Annual report of the Imperial Bacteriologist
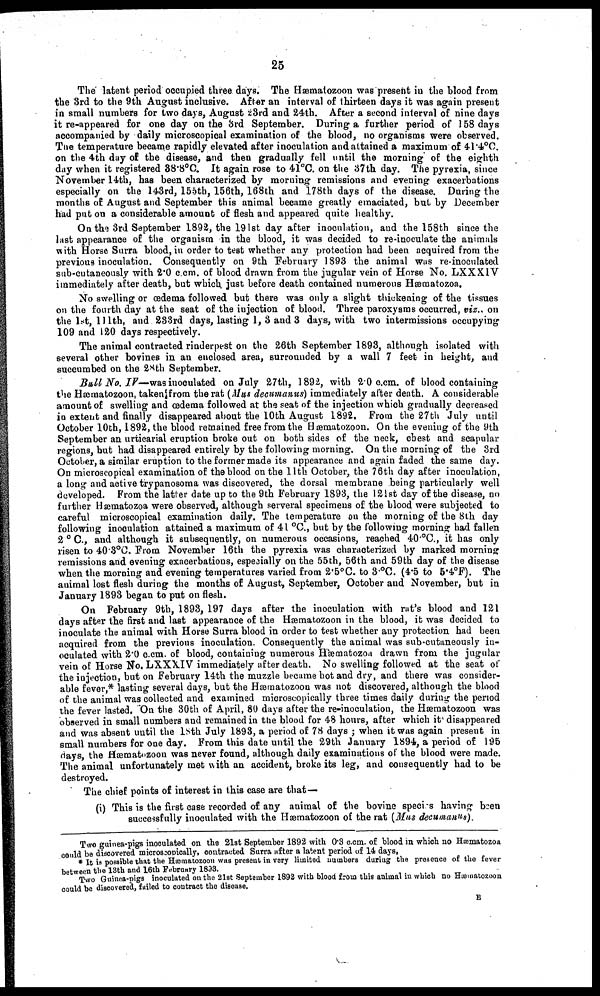
25
The latent period occupied three days. The Hæmatozoon was present in the blood from
the 3rd to the 9th August inclusive. After an interval of thirteen days it was again present
in small numbers for two days, August 23rd and 24th. After a second interval of nine days
it re-appeared for one day on the 3rd September. During a further period of 158 days
accompanied by daily microscopical examination of the blood, no organisms were observed.
The temperature became rapidly elevated after inoculation and attained a maximum of 41.4°C.
on the 4th day of the disease, and then gradually fell until the morning of the eighth
day when it registered 38.8°C. It again rose to 41°C. on the 37th day. The pyrexia, since
November 14th, has been characterized by morning remissions and evening exacerbations
especially on the 143rd, 155th, 156th, 168th and 178th days of the disease. During the
months of August and September this animal became greatly emaciated, but by December
had put on a considerable amount of flesh and appeared quite healthy.
On the 3rd September 1892, the 191st day after inoculation, and the 158th since the
last appearance of the organism in the blood, it was decided to re-inoculate the animals
with Horse Surra blood, in order to test whether any protection had been acquired from the
previous inoculation. Consequently on 9th February 1893 the animal was re-inoculated
sub-cutaneously with 2.0 c.cm. of blood drawn from the jugular vein of Horse No. LXXXIV
immediately after death, but which just before death contained numerous Hæmatozoa.
No swelling or œdema followed but there was only a slight thickening of the tissues
on the fourth day at the seat of the injection of blood. Three paroxysms occurred, viz., on
the 1st, 111th, and 233rd days, lasting 1, 3 and 3 days, with two intermissions occupying
109 and 120 days respectively.
The animal contracted rinderpest on the 26th September 1893, although isolated with
several other bovines in an enclosed area, surrounded by a wall 7 feet in height, and
succumbed on the 28th September.
Bull No. IV—was inoculated on July 27th, 1892, with 2.0 c.cm. of blood containing
the Hæmatozoon, taken from the rat (Mus decumanus) immediately after death. A considerable
amount of swelling and œdema followed at the seat of the injection which gradually decreased
in extent and finally disappeared about the 10th August 1892. From the 27th July until
October 10th, 1892, the blood remained free from the Hæmatozoon. On the evening of the 9th
September an urticarial eruption broke out on both sides of the neck, chest and scapular
regions, but had disappeared entirely by the following morning. On the morning of the 3rd
October, a similar eruption to the former made its appearance and again faded the same day.
On microscopical examination of the blood on the 11th October, the 76th day after inoculation,
a long and active trypanosoma was discovered, the dorsal membrane being particularly well
developed. From the latter date up to the 9th February 1893, the 121st day of the disease, no
further Hæmatozoa were observed, although serveral specimens of the blood were subjected to
careful microscopical examination daily. The temperature on the morning of the 8th day
following inoculation attained a maximum of 41 °C., but by the following morning had fallen
2 ° C., and although it subsequently, on numerous occasions, reached 40°C., it has only
risen to 40.3°C. From November 16th the pyrexia was characterized by marked morning
remissions and evening exacerbations, especially on the 55th, 56th and 59th day of the disease
when the morning and evening temperatures varied from 2.5°C. to 3.°C. (4.5 to 5.4°F). The
animal lost flesh during the months of August, September, October and November, but in
January 1893 began to put on flesh.
On February 9th, 1893, 197 days after the inoculation with rat's blood and 121
days after the first and last appearance of the Hæmatozoon in the blood, it was decided to
inoculate the animal with Horse Surra blood in order to test whether any protection had been
acquired from the previous inoculation. Consequently the animal was sub-cutaneously in-
oculated with 2.0 c.cm. of blood, containing numerous Hæmatozoa drawn from the jugular
vein of Horse No. LXXXIV immediately after death. No swelling followed at the seat of
the injection, but on February 14th the muzzle became hot and dry, and there was consider-
able fever,* lasting several days, but the Hæmatozoon was not discovered, although the blood
of the animal was collected and examined microscopically three times daily during the period
the fever lasted. On the 30th of April, 80 days after the re-inoculation, the Hæmatozoon was
observed in small numbers and remained in the blood for 48 hours, after which it disappeared
and was absent until the 18th July 1893, a period of 78 days ; when it was again present in
small numbers for one day. From this date until the 29th January 1894, a period of 195
days, the Hæmatozoon was never found, although daily examinations of the blood were made.
The animal unfortunately met with an accident, broke its leg, and consequently had to be
destroyed.
The chief points of interest in this case are that—
(i) This is the first case recorded of any animal of the bovine species having been
successfully inoculated with the Hæmatozoon of the rat (Mus decumanus).
Two guinea-pigs inoculated on the 21st September 1892 with 0.3 c.cm. of blood in which no Hæmatozoa
could be discovered microscopically, contracted Surra after a latent period of 14 days.
* It is possible that the Hæmatozoon was present in very limited numbers during the presence of the fever
between the 13th and 16th February 1893.
Two Guinea-pigs inoculated on the 21st September 1892 with blood from this animal in which no Hæmatozoon
could be discovered, failed to contract the disease.
E